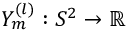
Y _ { m } ^ { ( l ) } : S ^ { 2 } \rightarrow \mathbb { R }